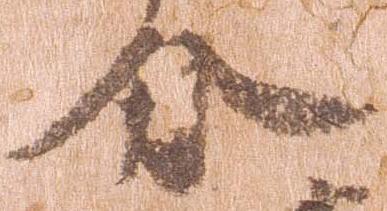
分